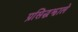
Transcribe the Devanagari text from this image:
प्रसिद्धझाले